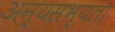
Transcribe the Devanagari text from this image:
अन्यसभ्यता